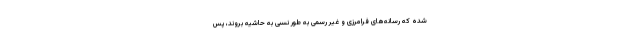
شده که رسانه‌های فرامرزی و غیر رسمی به طور نسبی به حاشیه بروند، پس